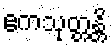
ဧကသုတ္တန္တိ